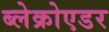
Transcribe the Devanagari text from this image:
ब्लेक्रोएडर